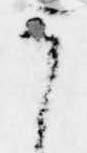
う